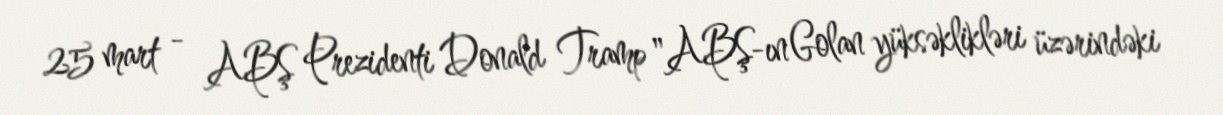
25 mart - ABŞ Prezidenti Donald Tramp "ABŞ-ın Golan yüksəklikləri üzərindəki